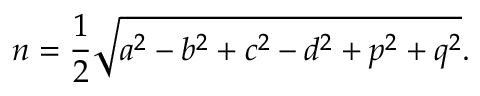
n = { \frac { 1 } { 2 } } { \sqrt { a ^ { 2 } - b ^ { 2 } + c ^ { 2 } - d ^ { 2 } + p ^ { 2 } + q ^ { 2 } } } .